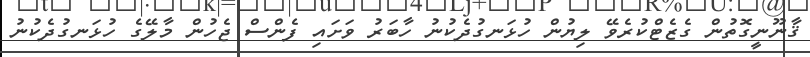
ޤާނޫނީގޮތުން ގެޒެޓްކުރެވޭ ލިޔުން ހުޅަނގުދެކުނު ހާބަރު ވަށައި ފެންސް ޖެހުން މާލޭގެ ހުޅަނގުދެކުނު